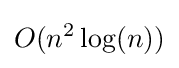
O(n^{2}\log(n))